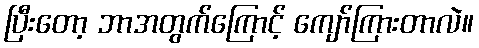
ပြီးတော့ ဘာအတွက်ကြောင့် ကျော်ကြားတာလဲ။